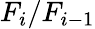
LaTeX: F_{i}/F_{i-1}